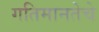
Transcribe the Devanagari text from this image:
गतिमानतेचे